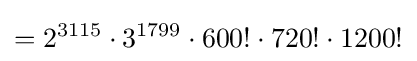
=2^{3115}\cdot 3^{1799}\cdot 600!\cdot 720!\cdot 1200!